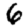
Digit: 6